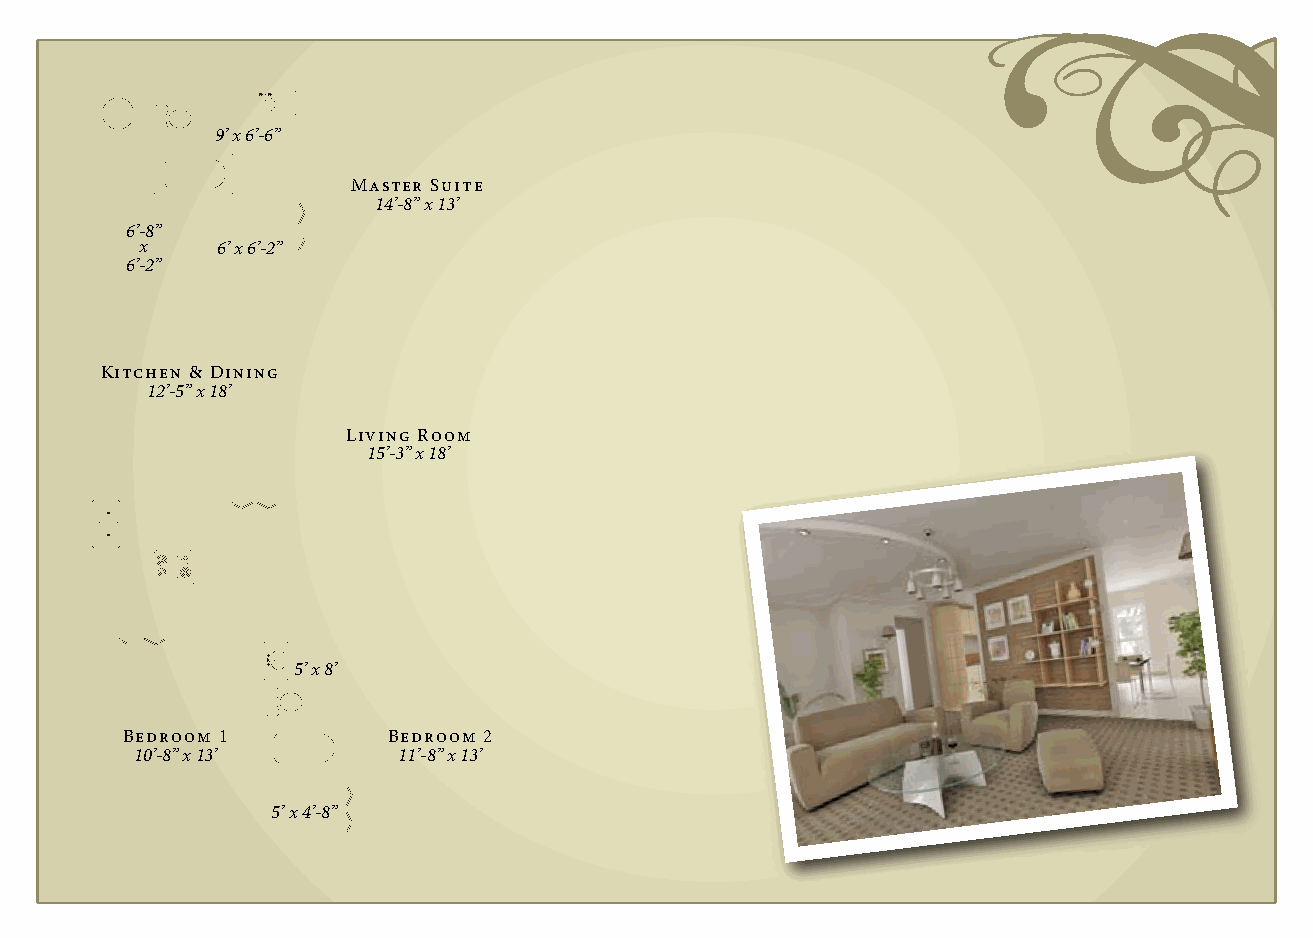
9’ x 6’-6”
 Master Suite
 14’-8” x 13’
 6’-8”
 x    6’ x 6’-2”
 6’-2”
 Kitchen & Dining
 12’-5” x 18’
 Living Room
 15’-3” x 18’
 5’ x 8’
 Bedroom 1         Bedroom 2
 10’-8” x 13’     11’-8” x 13’
 5’ x 4’-8”